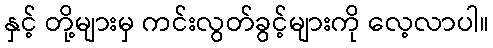
နှင့် တို့များမှ ကင်းလွတ်ခွင့်များကို လေ့လာပါ။